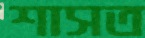
শাসত